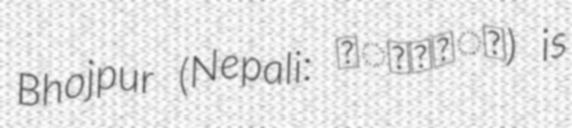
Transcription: Bhojpur (Nepali: भोजपुर) is